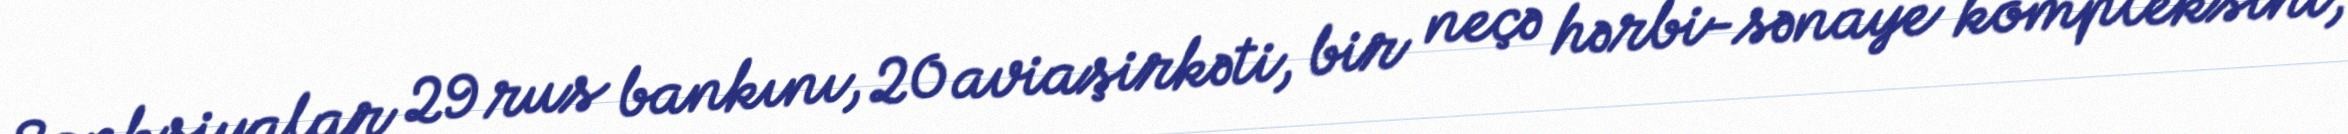
Sanksiyalar 29 rus bankını, 20 aviaşirkəti, bir neçə hərbi-sənaye kompleksini,